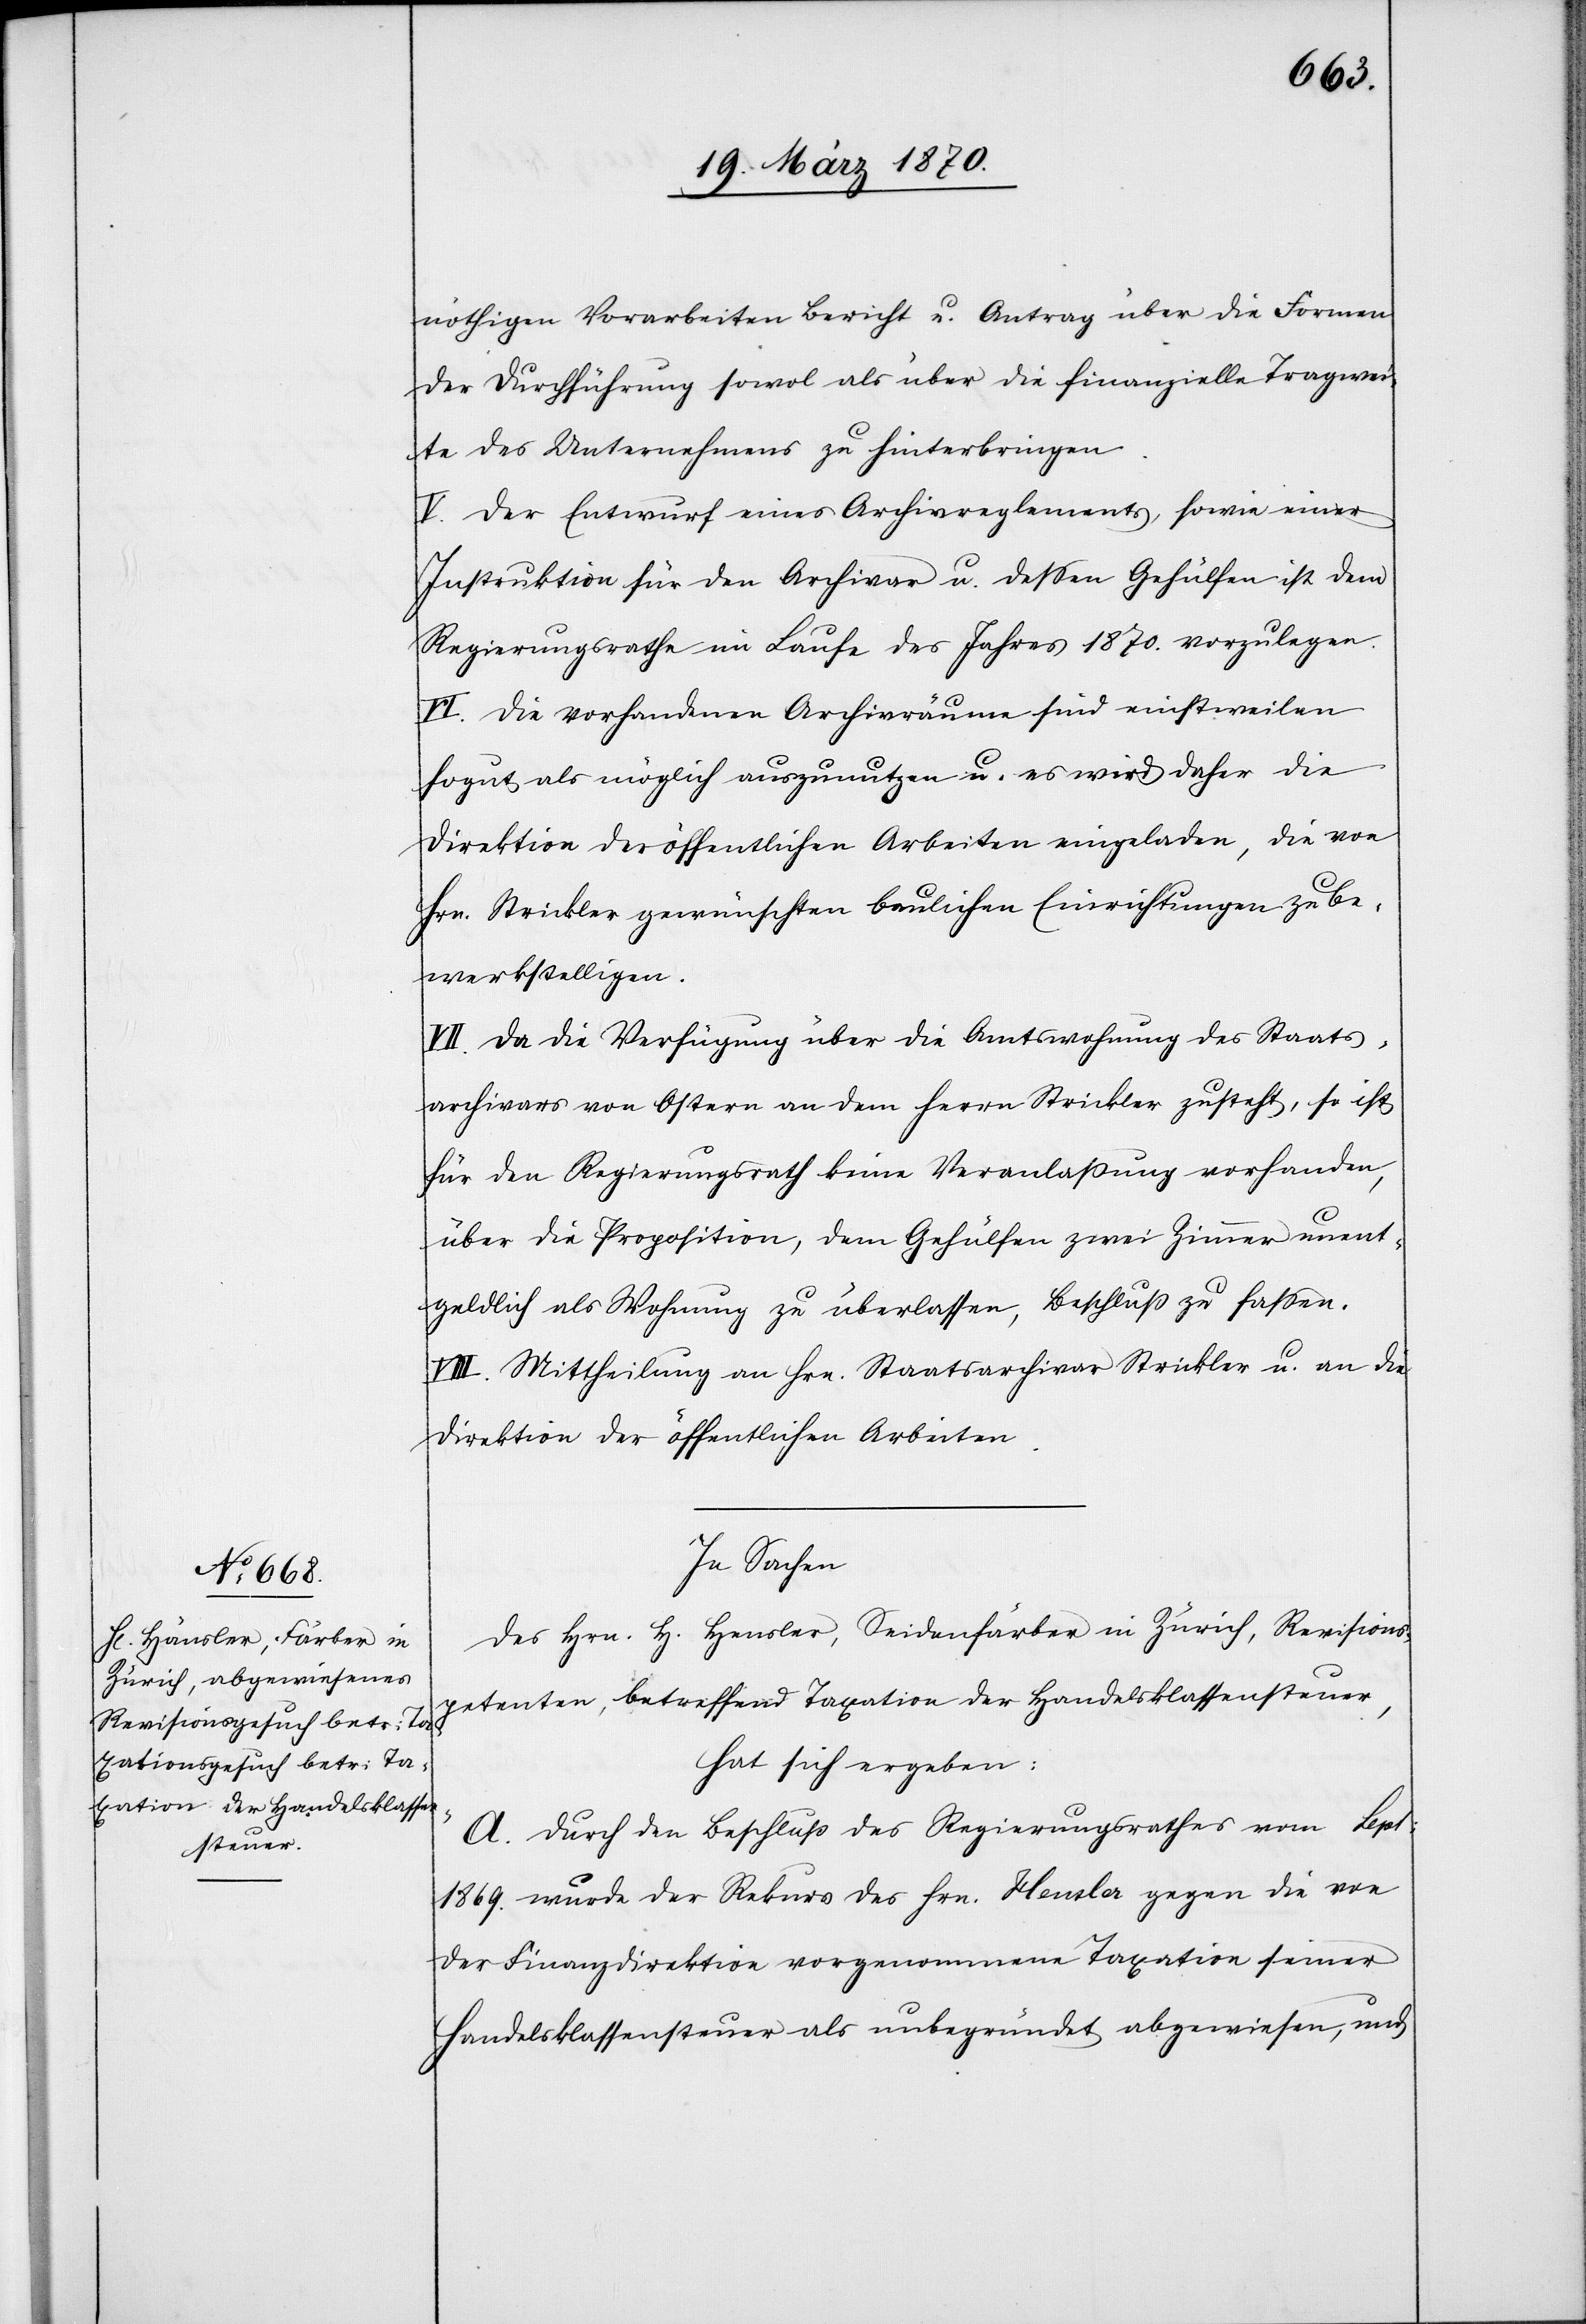
geldlich
nöthigen Vorarbeiten Bericht u. Antrag über die Formen
der Durchführung sowol als über die finanzielle Tragwei¬
te des Unternehmens zu hinterbringen.
V. Der Entwurf eines Archivreglements, sowie einer
Instruktion für den Archivar u. dessen Gehülfen ist dem
Regierungsrathe im Laufe des Jahres 1870. vorzulegen.
VI. Die vorhandenen Archivräume sind einstweilen
so gut als möglich auszunutzen u. es wird daher die
Direktion der öffentlichen Arbeiten eingeladen, die von
Hrn. Strickler gewünschten baulichen Einrichtungen zu be¬
werkstelligen.
VII. Da die Verfügung über die Amtswohnung des Staats¬
archivars von Ostern an dem Herrn Strickler zusteht, so ist
für den Regierungsrath keine Veranlaßung vorhanden,
über die Proposition, dem Gehülfen zwei Zimmer unent¬
VIII. Mittheilung an Hrn Staatsarchivar Strickler u. an die
Direktion der öffentlichen Arbeiten.
In Sachen
des Hrn. H. Hensler [sic!], Seidenfärber in Zürich, Revisions¬
petenten, betreffend Taxation der Handelsklassensteuer,
hat sich ergeben:
A. Durch den Beschluß des Regierungsrathes vom Sept:
1869. wurde der Rekurs des Hrn. Hensler gegen die von
der Finanzdirektion vorgenommene Taxation seiner
Handelsklassensteuer als unbegründet abgewiesen, und